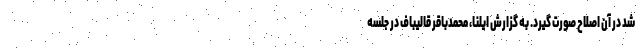
شد در آن اصلاح صورت گیرد. به گزارش ایلنا، محمدباقر قالیباف در جلسه